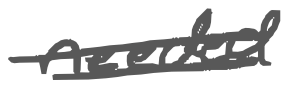
Text: needed
Cross-out: double-line
Writing tool: digital_gray